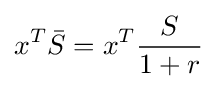
x^{T}{\bar {S}}=x^{T}{\frac {S}{1+r}}